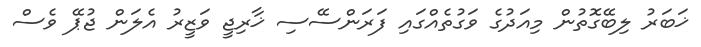
ޚަބަރު ލިބޭގޮތުން މިއަދުގެ ވަގުތެއްގައި ފަރަންސޭސި ޚާރިޖީ ވަޒީރު އެލަން ޖުޕޭ ވެސް